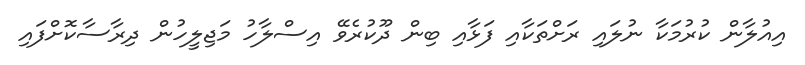
އިއުލާން ކުރުމަކާ ނުލައި ރަށްތަކާއި ފަޅާއި ބިން ދޫކުރެވޭ އިސްލާހު މަޖިލީހުން ދިރާސާކޮށްފައި